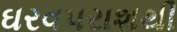
ઘરવપરાશથી